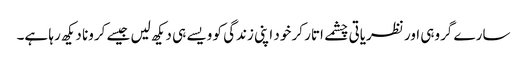
سارے گروہی اور نظریاتی چشمے اتار کر خود اپنی زندگی کو ویسے ہی دیکھ لیں جیسے کرونا دیکھ رہا ہے۔